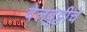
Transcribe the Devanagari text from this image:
वेलबुट्टीचे